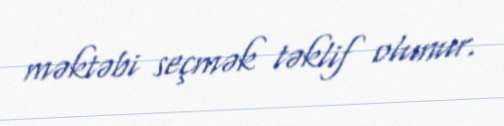
məktəbi seçmək təklif olunur.